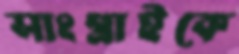
সাংগ্রাইকে